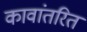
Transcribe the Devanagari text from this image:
कावांतरित